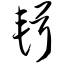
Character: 辑